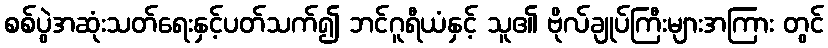
စစ်ပွဲအဆုံးသတ်ရေးနှင့်ပတ်သက်၍ ဘင်ဂူရီယံနှင့် သူ၏ ဗိုလ်ချုပ်ကြီးများအကြား တွင်